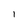
Character: 1